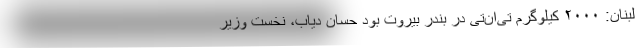
لبنان: ۲۰۰۰ کیلوگرم تی‌ان‌تی در بندر بیروت بود حسان دیاب، نخست وزیر